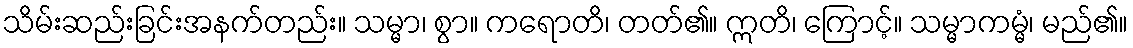
သိမ်းဆည်းခြင်းအနက်တည်း။ သမ္မာ၊ စွာ။ ကရောတိ၊ တတ်၏။ ဣတိ၊ ကြောင့်။ သမ္မာကမ္မံ၊ မည်၏။